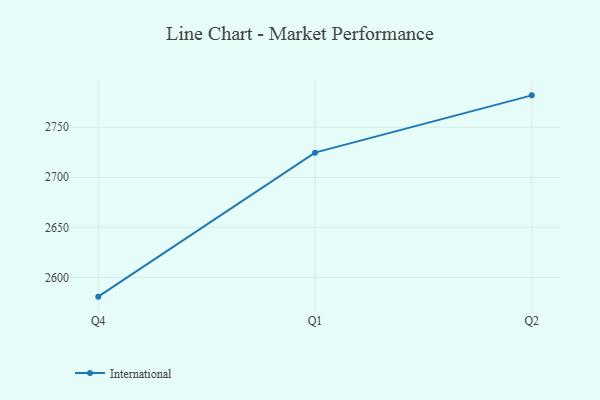
{"axis": {"x": "Quarter", "y": "Customer Acquisition Cost (USD)"}, "legend": ["International"], "data": [{"x": "Q4", "y": 2580.8, "type": "International"}, {"x": "Q1", "y": 2724.6, "type": "International"}, {"x": "Q2", "y": 2781.8, "type": "International"}]}